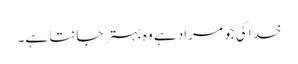
خدا کی جو مراد ہے وہ بہتر جانتا ہے۔